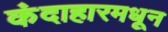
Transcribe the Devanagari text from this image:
कंदाहारमधून